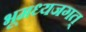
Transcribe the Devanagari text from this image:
भूमध्यजगत्‌